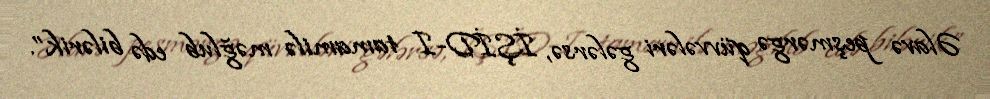
Əlavə peşmərgə qüvvələri gələrsə, İŞİD-I tamamilə məğlub edə bilərik”.